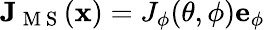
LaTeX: \mathbf{J}_{\mathrm{~M~S~}}(\mathbf{x})=J_{\phi}(\theta,\phi)\mathbf{e}_{\phi}